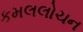
કમલલોચન